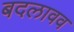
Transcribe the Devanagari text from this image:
बदलावव